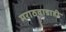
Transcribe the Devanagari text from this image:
मराठवाडाही